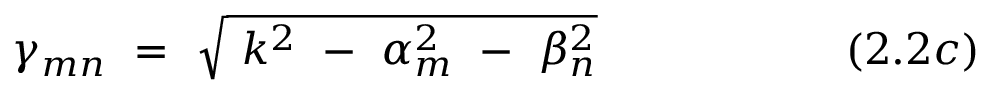
\gamma _ { m n } ~ = ~ { \sqrt { ~ k ^ { 2 } ~ - ~ \alpha _ { m } ^ { 2 } ~ - ~ \beta _ { n } ^ { 2 } } } ~ ~ ~ ~ ~ ~ ~ ~ ~ ~ ~ ~ ~ ~ ~ ~ ~ ( 2 . 2 c )